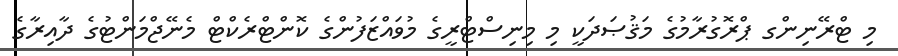
މި ޓްރޭނިންގ ޕްރޮގުރާމުގެ މަޤުޞަދަކީ މި މިނިސްޓްރީގެ މުވައްޒަފުންގެ ކޮންޓްރެކްޓް މެނޭޖްމަންޓުގެ ދާއިރާގެ